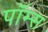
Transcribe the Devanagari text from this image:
पॉम्स